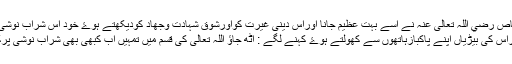
یہ سن کرسعدبن ابی وقاص رضي اللہ تعالی عنہ نے اسے بہت عظیم جانا اوراس دینی غیرت کواورشوق شہادت وجھاد کودیکھتے ہوۓ خود اس شراب نوشی کرنے والے کے پاس
گۓ اوراس کی بیڑیاں اپنے پاکبازہاتھوں سے کھولتے ہوۓ کہنے لگے : اٹھ جاؤ اللہ تعالی کی قسم میں تمہیں اب کبھی بھی شراب نوشی پرکوڑے نہیں ماروں گا ۔